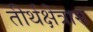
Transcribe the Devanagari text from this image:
तीर्थक्षेत्रास